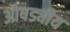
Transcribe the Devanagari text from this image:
औषड्यीय